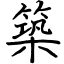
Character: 築